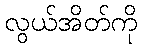
လွယ်အိတ်ကို